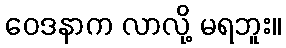
ဝေဒနာက လာလို့ မရဘူး။